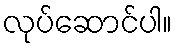
လုပ်ဆောင်ပါ။